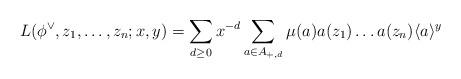
LaTeX: \begin{align*}L(\phi^{\vee},z_1,\dots,z_n;x,y)=\sum_{d\geq 0}x^{-d}\sum\limits_{a\in A_{+,d}} \mu(a)a(z_1)\dots a(z_n)\langle a \rangle^y\end{align*}